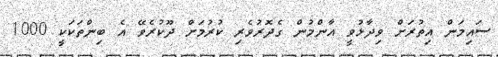
ސައިމަން އިތުރަށް ވިދާޅުވީ އާންމުން ގެދޮރުވެރި ކުރުމަށް ދޫކުރެވޭ އެ ބިންތަކަކީ 1000